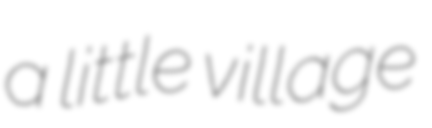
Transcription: a little village